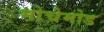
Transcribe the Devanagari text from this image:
मोचेमोड